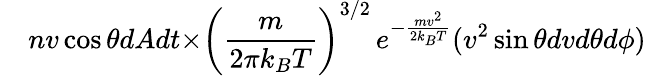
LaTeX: \quad nv\cos{\theta}dAdt{\times}\left({\frac{m}{2\pi k_{B}T}}\right)^{3/2}\, e^{-{\frac{mv^{2}}{2k_{B}T}}}(v^{2}\sin{\theta}dv{d\theta}d\phi)